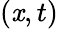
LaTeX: (\mathit{x},t)